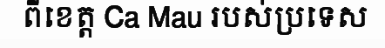
ពីខេត្ត Ca Mau របស់ប្រទេស